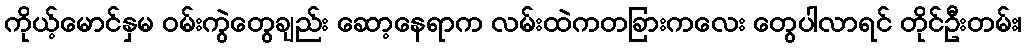
ကိုယ့်မောင်နှမ ဝမ်းကွဲတွေချည်း ဆော့နေရာက လမ်းထဲကတခြားကလေး တွေပါလာရင် တိုင်ဦးတမ်း၊